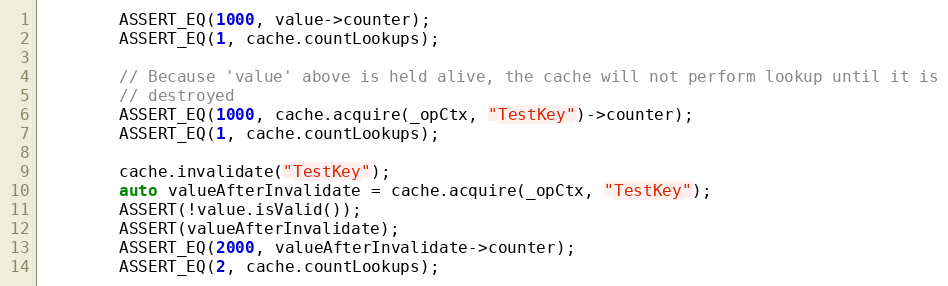
Language: C++
        ASSERT_EQ(1000, value->counter);
        ASSERT_EQ(1, cache.countLookups);

        // Because 'value' above is held alive, the cache will not perform lookup until it is
        // destroyed
        ASSERT_EQ(1000, cache.acquire(_opCtx, "TestKey")->counter);
        ASSERT_EQ(1, cache.countLookups);

        cache.invalidate("TestKey");
        auto valueAfterInvalidate = cache.acquire(_opCtx, "TestKey");
        ASSERT(!value.isValid());
        ASSERT(valueAfterInvalidate);
        ASSERT_EQ(2000, valueAfterInvalidate->counter);
        ASSERT_EQ(2, cache.countLookups);